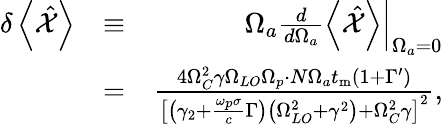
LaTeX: \begin{array}{rlr}{\delta\left<\hat{\mathcal X}\right>}&{\equiv}&{\Omega_{a}\left.\frac{d}{d\Omega_{a}}\left<\hat{\mathcal X}\right>\right|_{\Omega_{a}=0}}\\ &{=}&{\frac{4\Omega_{C}^{2}\gamma\Omega_{LO}\Omega_{p}\cdot N\Omega_{a}t_{\mathrm{m}}\left(1+\Gamma^{\prime}\right)}{\left[\left(\gamma_{2}+\frac{\omega_{p}\sigma}{c}\Gamma\right)\left(\Omega_{LO}^{2}+\gamma^{2}\right)+\Omega_{C}^{2}\gamma\right]^{2}},}\end{array}